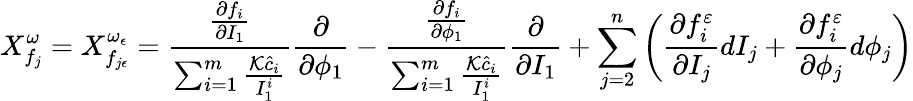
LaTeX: X_{f_{j}}^{\omega}=X_{f_{j\epsilon}}^{\omega_{\epsilon}}=\frac{\frac{\partial f_{i}}{\partial I_{1}}}{\sum_{i=1}^{m}\frac{\mathcal{K}\hat{c}_{i}}{I_{1}^{i}}}\frac{\partial}{\partial\phi_{1}}-\frac{\frac{\partial f_{i}}{\partial\phi_{1}}}{\sum_{i=1}^{m}\frac{\mathcal{K}\hat{c}_{i}}{I_{1}^{i}}}\frac{\partial}{\partial I_{1}}+\sum_{j=2}^{n}\left(\frac{\partial f_{i}^{\varepsilon}}{\partial I_{j}}dI_{j}+\frac{\partial f_{i}^{\varepsilon}}{\partial\phi_{j}}d\phi_{j}\right)